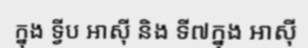
ក្នុង ទ្វីប អាស៊ី និង ទី៧ក្នុង អាស៊ី